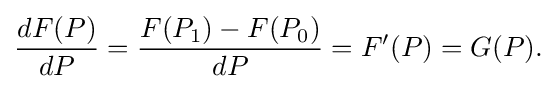
{\frac {dF(P)}{dP}}={\frac {F(P_{1})-F(P_{0})}{dP}}=F'(P)=G(P).\,\!